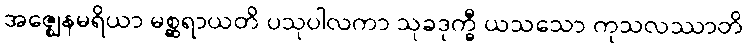
အဇ္ဈေနမရိယာ မစ္ဆရာယတိ ပသုပါလကာ သုခဒုက္ခီ ယသသော ကုသလဿာတိ